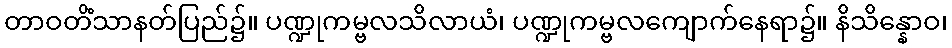
တာဝတိံသာနတ်ပြည်၌။ ပဏ္ဍုကမ္ဗလသိလာယံ၊ ပဏ္ဍုကမ္ဗလကျောက်နေရာ၌။ နိသိန္နောဝ၊